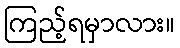
ကြည့်ရမှာလား။